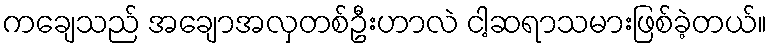
ကချေသည် အချောအလှတစ်ဦးဟာလဲ ငါ့ဆရာသမားဖြစ်ခဲ့တယ်။